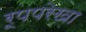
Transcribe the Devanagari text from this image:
रूपपरेखा